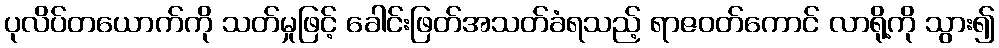
ပုလိပ်တယောက်ကို သတ်မှုဖြင့် ခေါင်းဖြတ်အသတ်ခံရသည့် ရာဇဝတ်ကောင် လာရို့ကို သွား၍